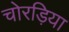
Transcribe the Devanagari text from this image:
चोरड़िया